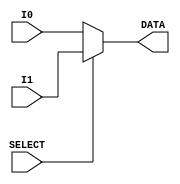
module two_to_one_mux(I0, I1, SELECT, DATA);
	parameter DATA_WIDTH = 8;
	input [DATA_WIDTH-1:0] I0;
	input [DATA_WIDTH-1:0] I1;
	input SELECT;
	output [DATA_WIDTH-1:0] DATA;
	
	assign DATA = SELECT ? I1 : I0;
endmodule